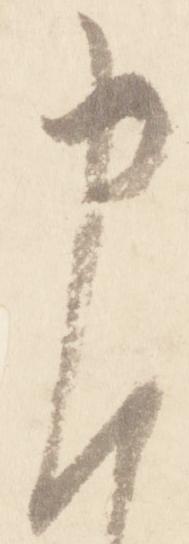
申